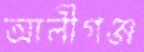
আলীগঞ্জ